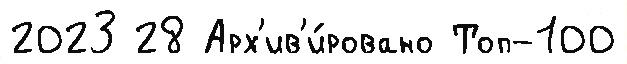
2023 28 Арх'ив'и́ровано Топ-100